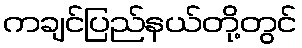
ကချင်ပြည်နယ်တို့တွင်